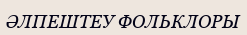
ӘЛПЕШТЕУ ФОЛЬКЛОРЫ